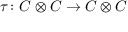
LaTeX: \tau \colon C \otimes C \to C \otimes C